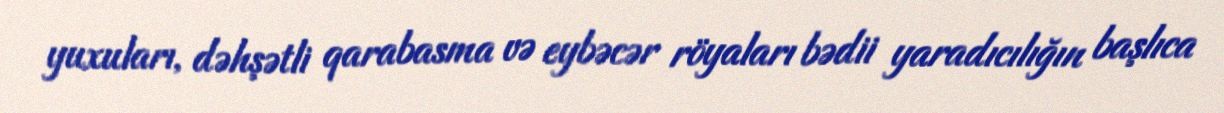
yuxuları, dəhşətli qarabasma və eybəcər röyaları bədii yaradıcılığın başlıca